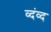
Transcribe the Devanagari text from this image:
व्दंव्द